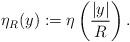
LaTeX: \begin{align*}\eta_R(y) := \eta\left(\frac{|y|}{R}\right).\end{align*}